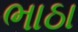
ભાઠા